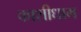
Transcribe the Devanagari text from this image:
काशीधाम